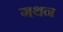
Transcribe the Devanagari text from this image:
गथन